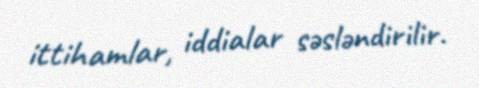
ittihamlar, iddialar səsləndirilir.